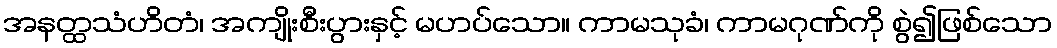
အနတ္ထသံဟိတံ၊ အကျိုးစီးပွားနှင့် မဟပ်သော။ ကာမသုခံ၊ ကာမဂုဏ်ကို စွဲ၍ဖြစ်သော